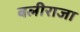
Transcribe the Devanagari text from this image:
बलीराजा